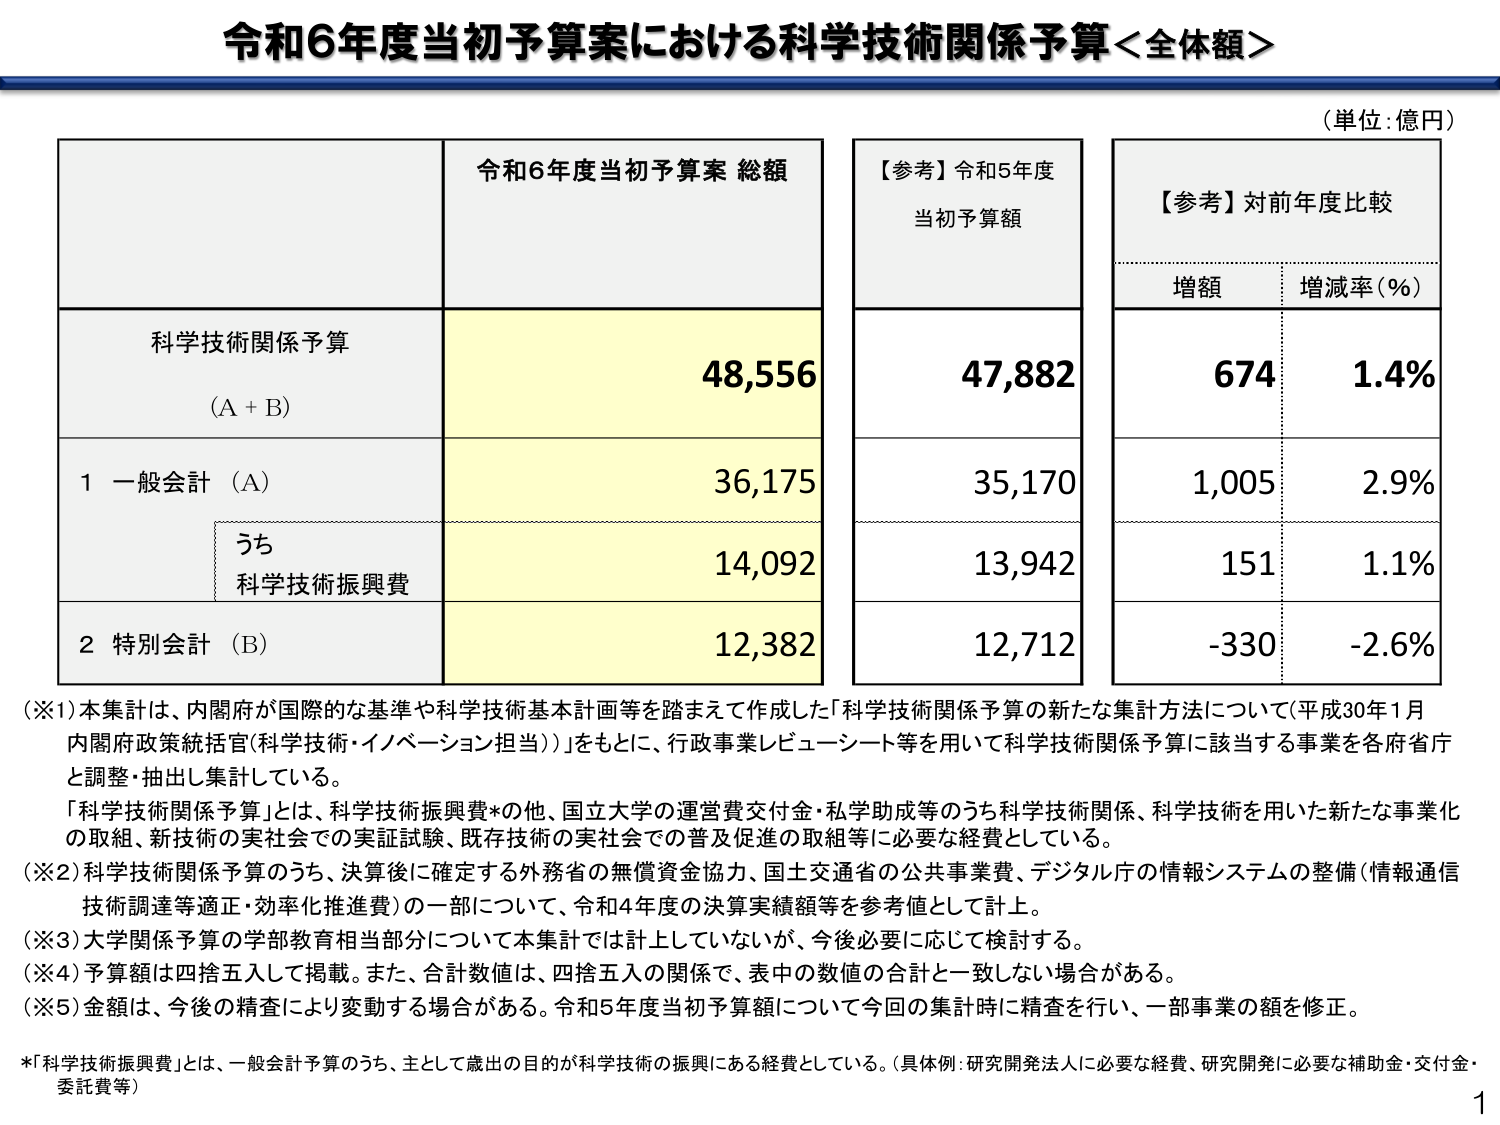
令和6年度当初予算案における科学技術関係予算＜全体額＞

（単位：億円）

令和6年度当初予算案 総額

科学技術関係予算
（A + B）
48,556

1 一般会計（A）
36,175
　うち
　科学技術振興費
　14,092

2 特別会計（B）
12,382

【参考】令和5年度
当初予算額
47,882
35,170
13,942
12,712

【参考】対前年度比較
増額　　増減率（％）
674　　1.4％
1,005　　2.9％
151　　1.1％
-330　　-2.6％

（※1）本集計は、内閣府が国際的な基準や科学技術基本計画等を踏まえて作成した「科学技術関係予算の新たな集計方法について（平成30年1月 内閣府政策統括官（科学技術・イノベーション担当））」をもとに、行政事業レビュー・シート等を用いて科学技術関係予算に該当する事業を各府省庁と調整・抽出し集計している。
「科学技術関係予算」とは、科学技術振興費*の他、国立大学の運営費交付金・私学助成等のうち科学技術関係、科学技術を用いた新たな事業化の取組、新技術の実社会での実証試験、既存技術の実社会での普及促進の取組等に必要な経費としている。

（※2）科学技術関係予算のうち、決算後に確定する外務省の無償資金協力、国土交通省の公共事業費、デジタル庁の情報システムの整備（情報通信技術調達等適正・効率化推進費）の一部について、令和4年度の決算実績額等を参考値として計上。

（※3）大学関係予算の学部教育相当部分について本集計では計上していないが、今後必要に応じて検討する。

（※4）予算額は四捨五入して掲載。また、合計数値は、四捨五入の関係で、表中の数値の合計と一致しない場合がある。

（※5）金額は、今後の精査により変動する場合がある。令和5年度当初予算額について今回の集計時に精査を行い、一部事業の額を修正。

*「科学技術振興費」とは、一般会計予算のうち、主として歳出の目的が科学技術の振興にある経費としている。（具体例：研究開発法人に必要な経費、研究開発に必要な補助金・交付金・委託費等）

1